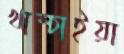
খাম্‌চাইয়া